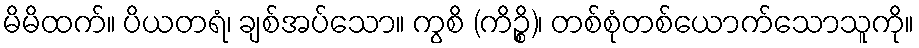
မိမိထက်။ ပိယတရံ၊ ချစ်အပ်သော။ ကွစိ (ကိဉ္စိ)၊ တစ်စုံတစ်ယောက်သောသူကို။